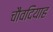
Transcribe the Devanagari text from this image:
चौवदियाह